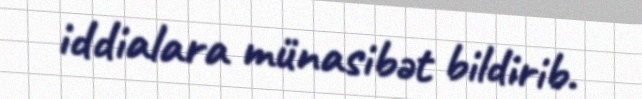
iddialara münasibət bildirib.